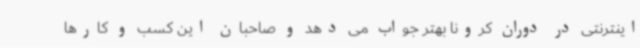
اینترنتی در دوران کرونا بهتر جواب می دهد و صاحبان این کسب و کارها